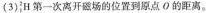
(3)^{2}_{1}H第一次离开磁场的位置到原点 O 的距离。